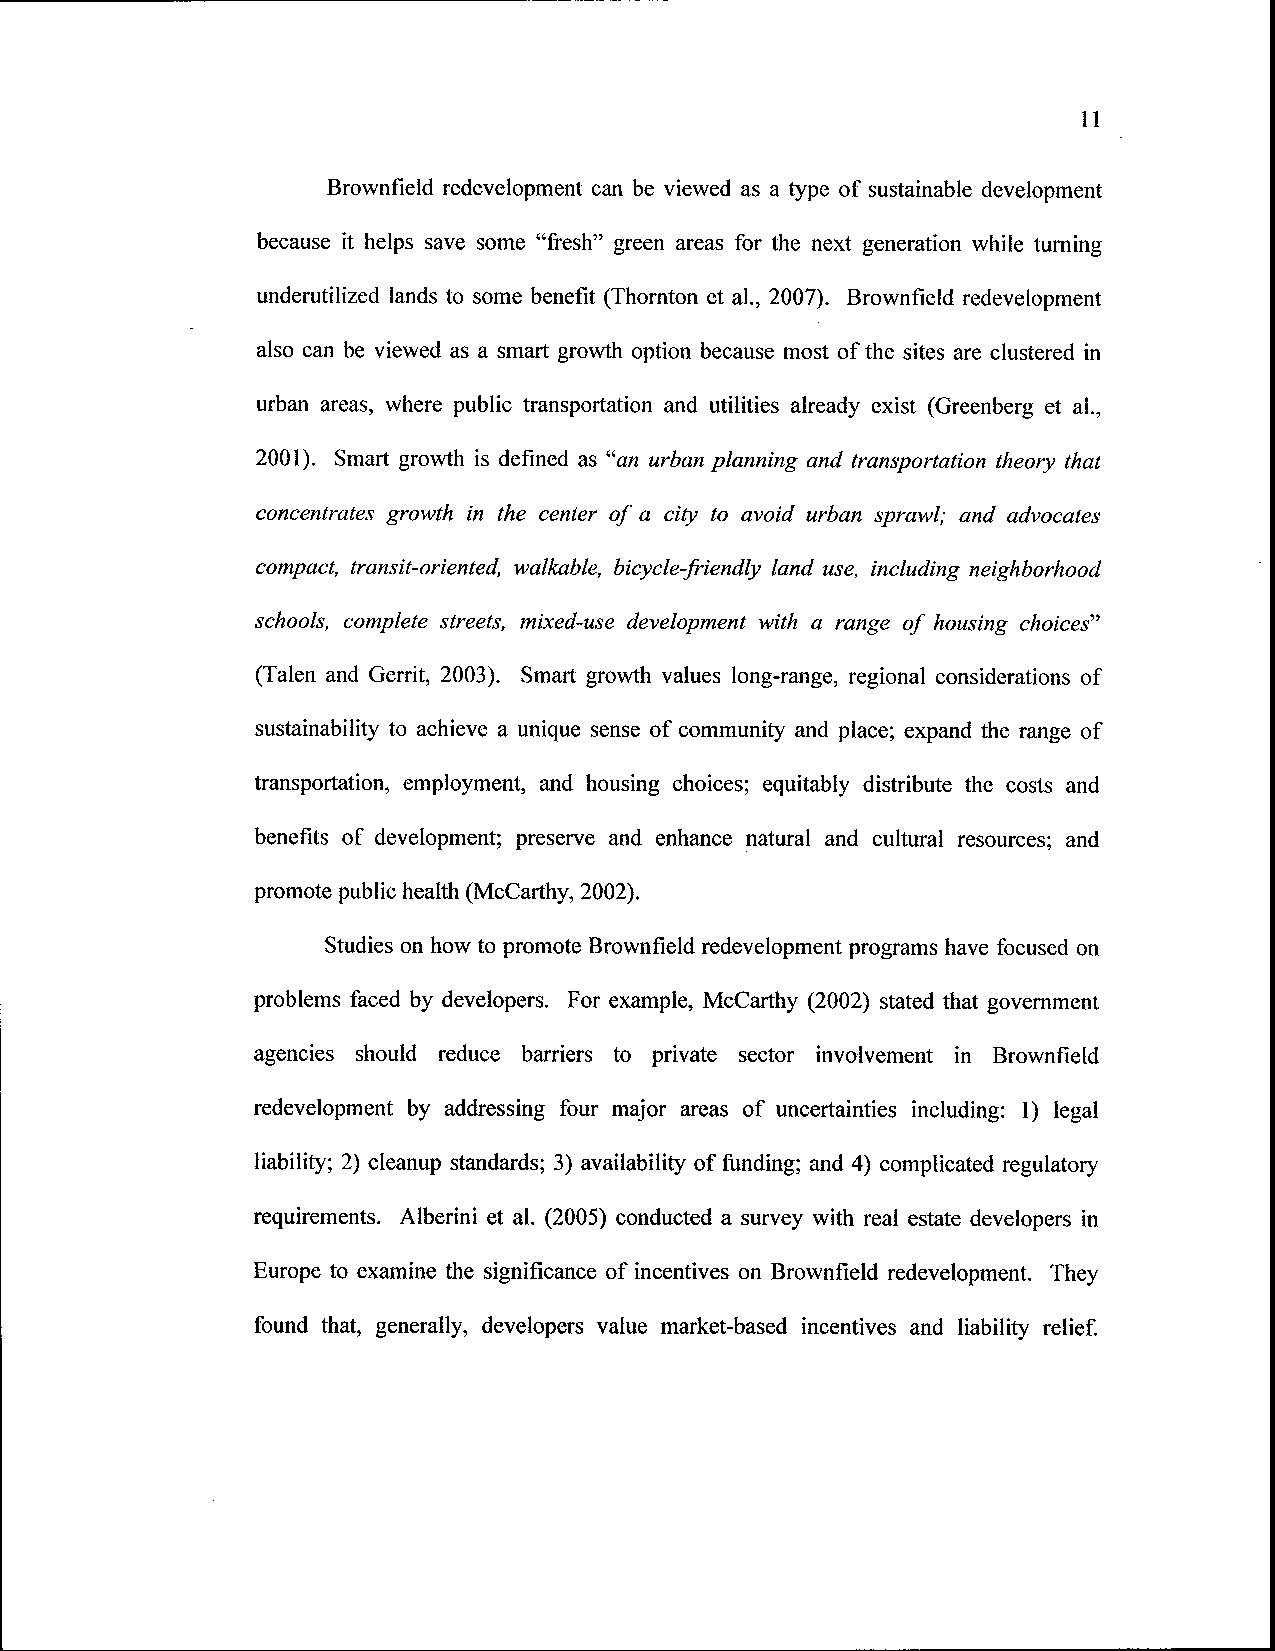
11
 Brownfield redevelopment can be viewed as a type of sustainable development
 because it helps save some "fresh" green areas for the next generation while turning
 underutilized lands to some benefit (Thornton et al., 2007). Brownfield redevelopment
 also can be viewed as a smart growth option because most of the sites are clustered in
 urban areas, where public transportation and utilities already exist (Greenberg et al.,
 2001). Smart growth is defined as "an urban planning and transportation theory that
 concentrates growth in the center of a city to avoid urban sprawl; and advocates
 compact, transit-oriented, walkable, bicycle-friendly land use, including neighborhood
 schools, complete streets, mixed-use development with a range of housing choices"
 (Talen and Gerrit, 2003). Smart growth values long-range, regional considerations of
 sustainability to achieve a unique sense of community and place; expand the range of
 transportation, employment, and housing choices; equitably distribute the costs and
 benefits of development; preserve and enhance natural and cultural resources; and
 promote public health (McCarthy, 2002).
 Studies on how to promote Brownfield redevelopment programs have focused on
 problems faced by developers. For example, McCarthy (2002) stated that government
 agencies should reduce barriers to private sector involvement in Brownfield
 redevelopment by addressing four major areas of uncertainties including: 1) legal
 liability; 2) cleanup standards; 3) availability of funding; and 4) complicated regulatory
 requirements. Alberini et al. (2005) conducted a survey with real estate developers in
 Europe to examine the significance of incentives on Brownfield redevelopment. They
 found that, generally, developers value market-based incentives and liability relief.